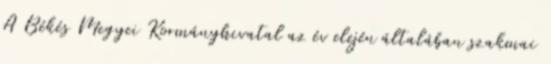
A Békés Megyei Kormányhivatal az év elején általában szakmai